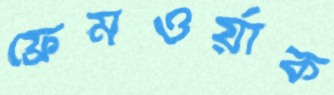
ফ্রেমওর্য়াক